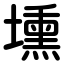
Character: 壎